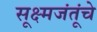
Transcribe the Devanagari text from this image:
सूक्ष्मजंतूंचे